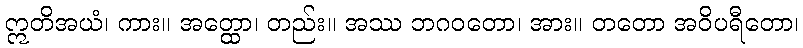
ဣတိအယံ၊ ကား။ အတ္ထော၊ တည်း။ အဿ ဘဂဝတော၊ အား။ တတော အဝိပရီတော၊